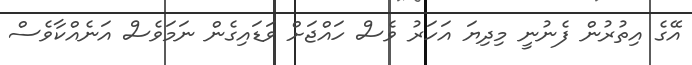
އޭގެ އިތުރުން ފެނުނީ މިދިޔަ އަހަރު ވެސް ހައްޖަށް ވަޑައިގެން ނަމަވެސް އަނެއްކާވެސް